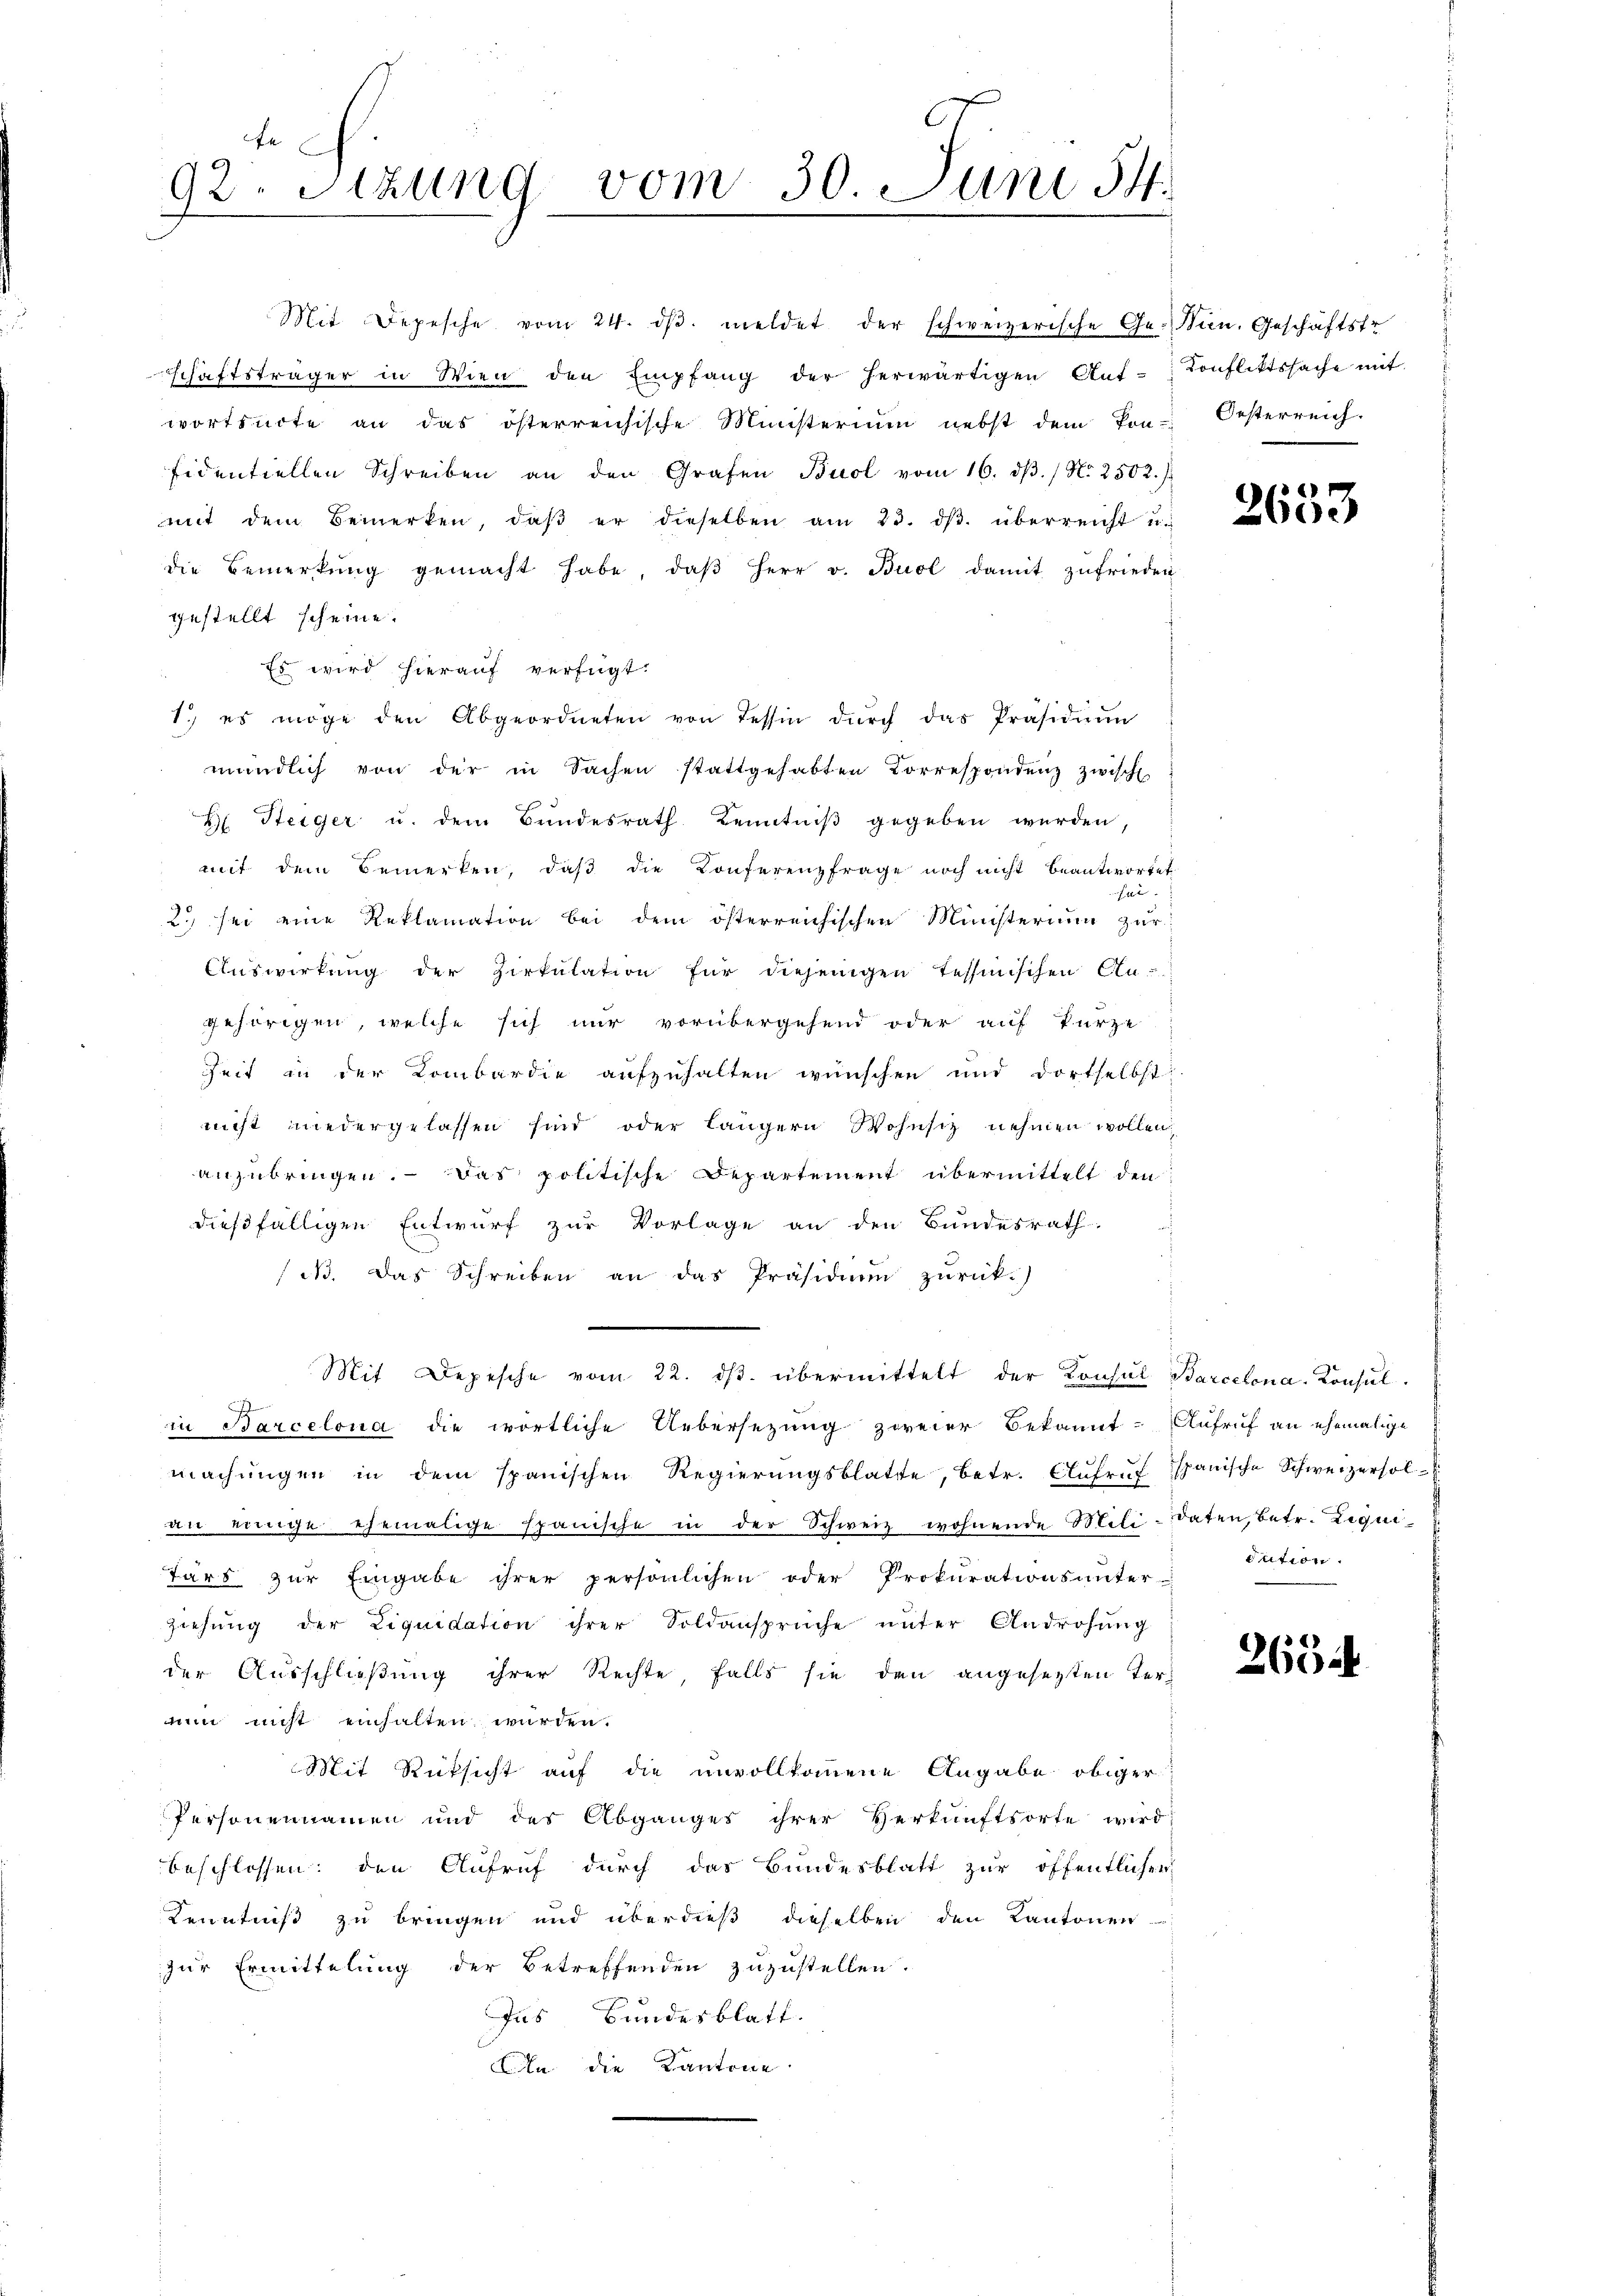
fe.
92. Sitzung vom 30. Juni 14.
d

Mit Depesche vom 24. dβ meldet der schweizerische Gesan. Geschäftsfr
schäftsträger in Wien den Empfang der herwärtigen Auf-
wortsecte an das österreichische Ministerium nebst dem kon-
fidentiellen Schreiben an den Grafen Buol vom 16. dβ. / N. 2502.
mit dem Bemerken, daβ er dieselben am 23. dβ. überreicht u.
die Bemerkŭng gemacht habe, daβ Herr v. Buol damit zufrieden
gestellt scheine.
Es wird hierauf verfügt:
1. es möge den Abgeordneten von Tessin dŭrch das Präsidium
mündlich von der in Sachen stattgehabten Korrespondenz zwisch
H Steiger u. dem Bundesrath Kenntniβ gegeben werden,
mit dem Bemerken, daβ die Konferenzfrage noch nicht beantwortet
ue
2.) sei eine Reklamation bei dem österreichischen Ministerium zur
Auswirkung der Zirkŭlation für diejenigen Tessinischen An-
gehörigen, welche sich nur vorübergehend oder auf kurze
Zeit in der Kombardie aufzuhalten wünschen und dortselbst
nicht niedergelassen sind oder längern Wohnsitz nehmen wollen.
anzubringen. Das politische Departement übermittelt den
dießfälligen Entwurf zur Vorlage an den Bundesrath
(i. Das Schreiben an das Präsidium zurück.
Mit Depesche vom 22. dβ übermittelt der Konsul Barcelona. Konsulin Barcelona die wörtliche Uebersezung zweier Bekannt. Aufruf an ehemalige
machŭngen in dem spanischen Regierŭngsblatte, betr. Aŭfrŭf Spanische Schweizersol-
an einige ehemalige Epanische in der Schweiz wohnende Miti-Daten, betr. Liquitärs zŭr Eingabe ihrer persönlichen oder Prokurationsunter-
ziehŭng der Liquidation ihrer Soldansprüche ŭnter Androhŭng
der Ausschließung ihrer Rechte, falls sie den angesezten Ternun nicht einhalten würden.
Mit Rüksicht auf die unvollkommene Angabe obiger
Personennamen und des Abganges ihrer Verkunftsorte wird
beschlossen: den Aufruf durch das Bundesblatt zur öffentlichen
Kenntniß zu bringen und überdieß dieselben den Kantonen
zur Ermittelung der Betreffenden zuzustellen.
Ins Bundesblatt.
An die Kantone

Konfliktssache mit
Oesterreich.

2633

cution.

2654